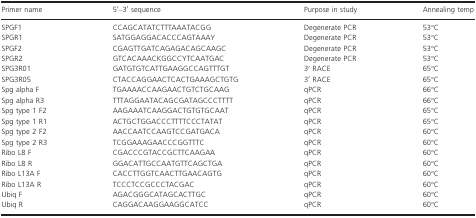
| Primer name | 5′–3′ sequence | Purpose in study | Annealing temp |
 | --- | --- | --- | --- |
 | SPGF1 | CCAGCATATCTTTAAATACGG | Degenerate PCR | 53°C |
 | SPGR1 | SATGGAGGACACCCAGTAAAY | Degenerate PCR | 53°C |
 | SPGF2 | CGAGTTGATCAGAGACAGCAAGC | Degenerate PCR | 53°C |
 | SPGR2 | GTCACAAACKGGCCYTCAATGAC | Degenerate PCR | 53°C |
 | SPG3R01 | GATGTGTCATTGAAGGCCAGTTTGT | 3′ RACE | 65°C |
 | SPG3R05 | CTACCAGGAACTCACTGAAAGCTGTG | 3′ RACE | 65°C |
 | Spg alpha F | TGAAAACCAAGAACTGTCTGCAAG | qPCR | 66°C |
 | Spg alpha R3 | TTTAGGAATACAGCGATAGCCCTTTT | qPCR | 66°C |
 | Spg type 1 F2 | AAGAAATCAAGGACTGTGTGCAAT | qPCR | 65°C |
 | Spg type 1 R1 | ACTGCTGGACCCTTTTCCCTATAT | qPCR | 65°C |
 | Spg type 2 F2 | AACCAATCCAAGTCCGATGACA | qPCR | 60°C |
 | Spg type 2 R3 | TCGGAAAGAACCCGGTTTC | qPCR | 60°C |
 | Ribo L8 F | CGACCCGTACCGCTTCAAGAA | qPCR | 60°C |
 | Ribo L8 R | GGACATTGCCAATGTTCAGCTGA | qPCR | 60°C |
 | Ribo L13A F | CACCTTGGTCAACTTGAACAGTG | qPCR | 60°C |
 | Ribo L13A R | TCCCTCCGCCCTACGAC | qPCR | 60°C |
 | Ubiq F | AGACGGGCATAGCACTTGC | qPCR | 60°C |
 | Ubiq R | CAGGACAAGGAAGGCATCC | qPCR | 60°C |